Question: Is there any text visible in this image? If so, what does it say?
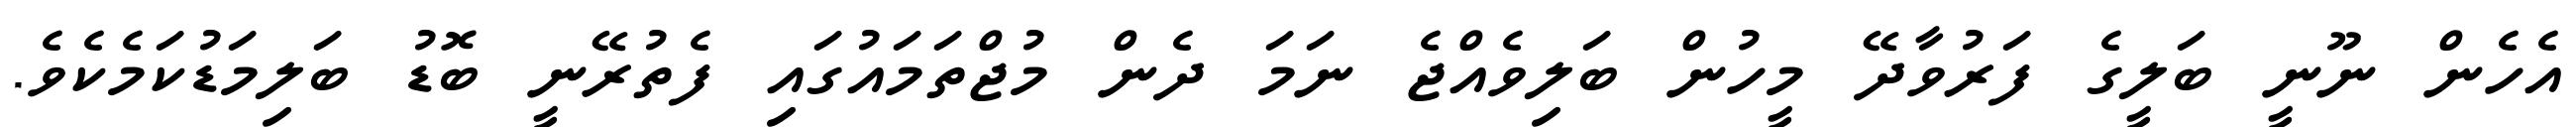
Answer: އެހެން ނޫނީ ބަލީގެ ފަރުވާދޭ މީހުން ބަލިވެއްޖެ ނަމަ ދެން މުޖްތަމައުގައި ފެތުރޭނީ ބޮޑު ބަލިމަޑުކަމެކެވެ.